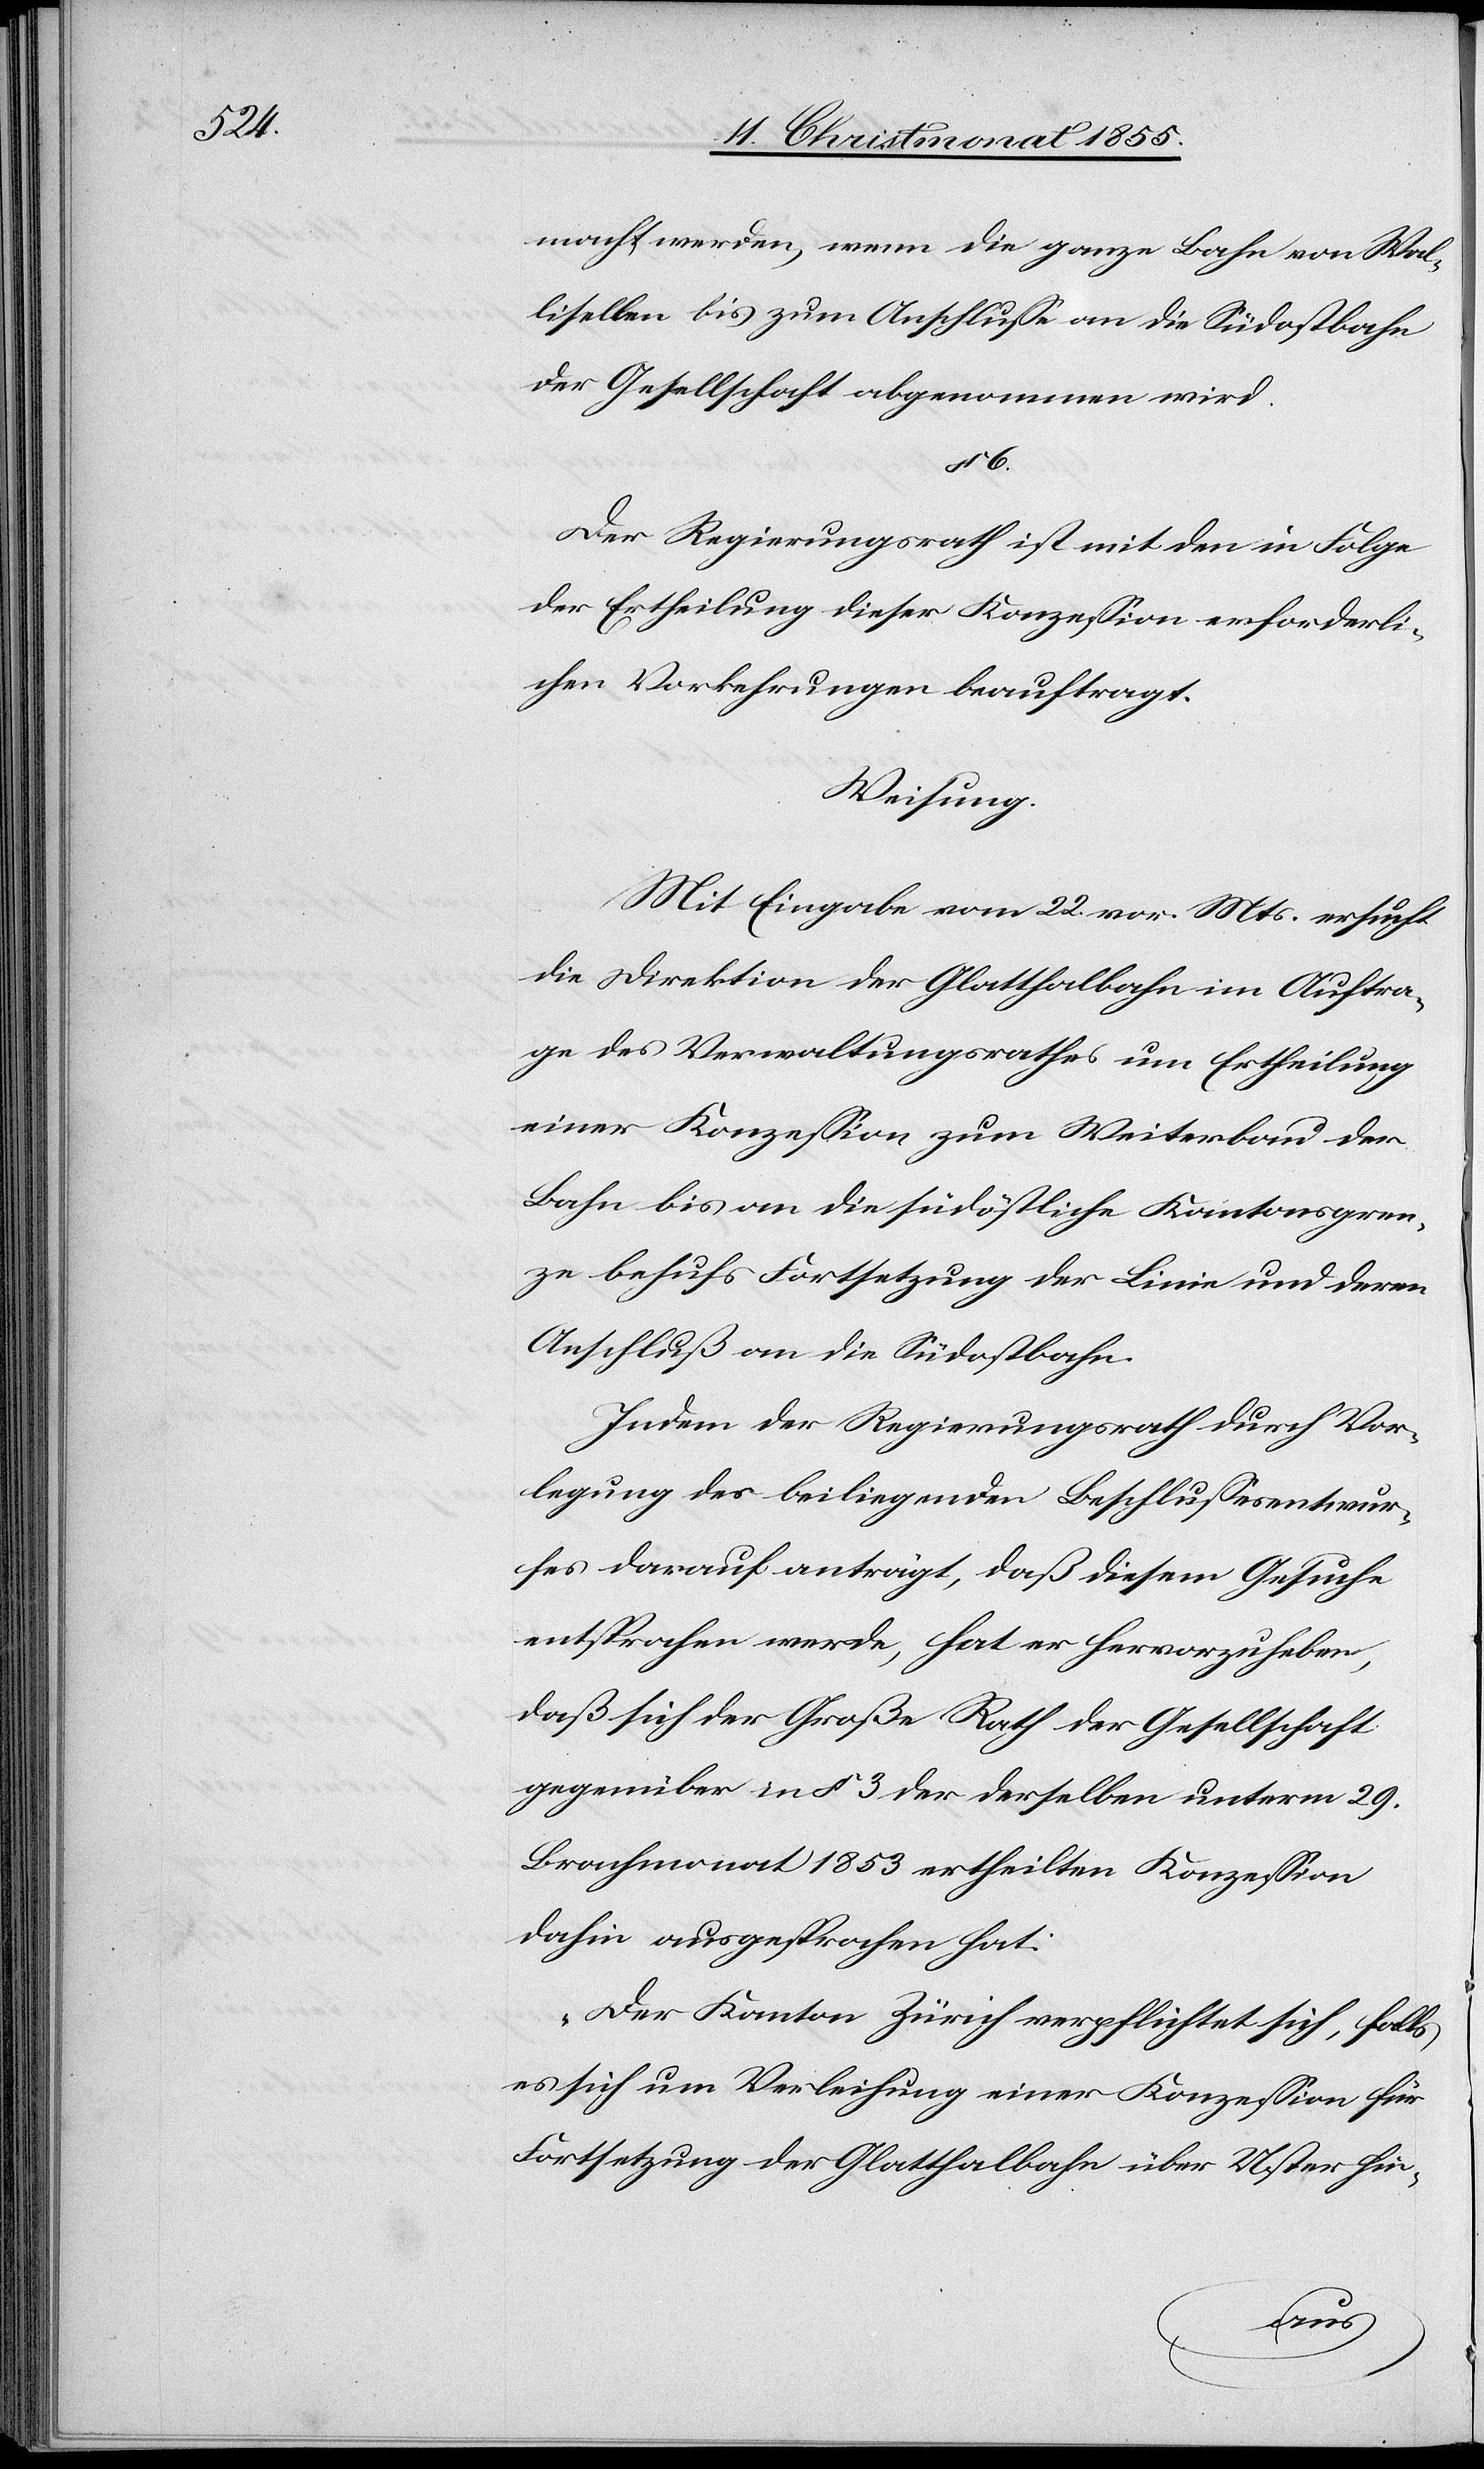
§ 6.

macht werden, wenn die ganze Bahn von Wal¬
lisellen bis zum Anschlusse an die Südostbahn
der Gesellschaft abgenommen wird.
Der Regierungsrath ist mit den in Folge
der Ertheilung dieser Konzession erforderli¬
chen Vorkehrungen beauftragt.
Weisung.
Mit Eingabe vom 22. vor. Mts. ersucht
die Direktion der Glatthalbahn im Auftra¬
ge des Verwaltungsrathes um Ertheilung
einer Konzession zum Weiterbau der
Bahn bis an die südöstliche Kantonsgren¬
ze behufs Fortsetzung der Linie und deren
Anschluß an die Südostbahn.
Indem der Regierungsrath durch Vor¬
legung des beiliegenden Beschlussesentwur¬
fes darauf anträgt, daß diesem Gesuche
entsprochen werde, hat er hervorzuheben,
daß sich der Große Rath der Gesellschaft
gegenüber in § 3 der derselben unterm 29.
Brachmonat 1853 ertheilten Konzession
dahin ausgesprochen hat:
„Der Kanton Zürich verpflichtet sich, falls
es sich um Verleihung einer Konzession für
Fortsetzung der Glatthalbahn über Uster hin-